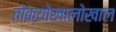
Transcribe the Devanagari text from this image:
तोक्योखालोखाल